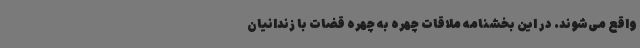
واقع می‌شوند. در این بخشنامه ملاقات چهره به چهره قضات با زندانیان